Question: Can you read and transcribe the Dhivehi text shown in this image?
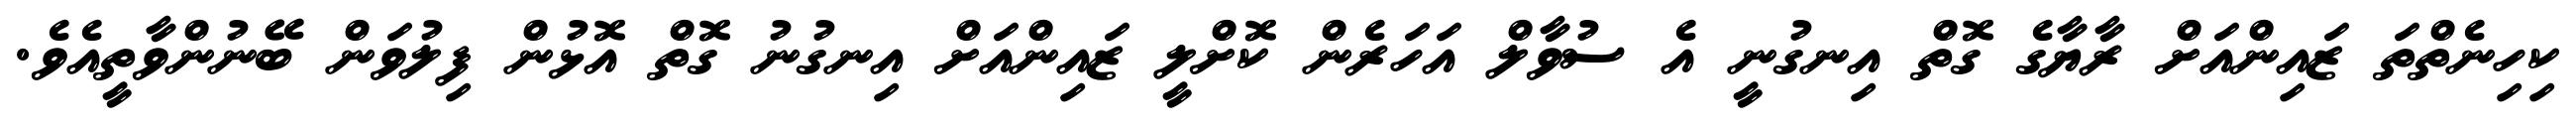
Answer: ކިހިނެތްތަ ޒައިންއަށް ރާޔާގެ ގޮތް އިނގުނީ އެ ސުވާލް އަހަރެން ކޮށްލީ ޒައިންއަށް އިނގުނު ގޮތް އޮޅުން ފިލުވަން ބޭނުންވާތީއެވެ.